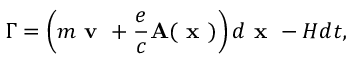
\Gamma = \left( m \textbf { v } + \frac { e } { c } \mathbf { A } ( \textbf { x } ) \right) d \textbf { x } - H d t ,